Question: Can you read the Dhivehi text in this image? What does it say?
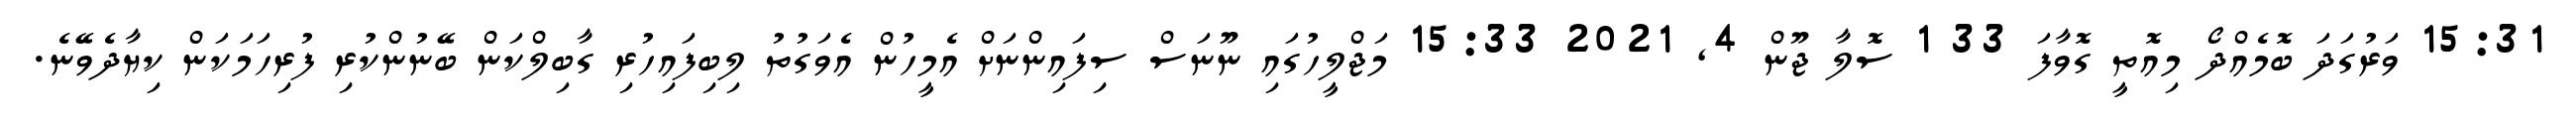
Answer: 15:31 ވަރުގަދަ ބޮމެއްދޯ މިއޮތީ ގޮވާފަ 33 1 ސޮލާ ޖޫން 4, 2021 15:33 މަޖްލީހުގައި ނޫނަސް ސިފައިންނަށް އެމީހުން އެވަގުތު ލިބިފައިހުރި ގާބިލްކަން ބޭނުންކުރި ފުރިހަމަކަން ކިޔާދެވޭނެ.